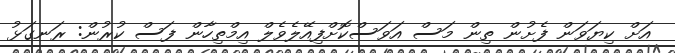
އަށް ކިޔަވަން ފެށުން ތިން މަސް އަވަސްކޮށްފިއޭލެވެލް އިމްތިހާން ފަސް ކުރުން: ރަނގަޅު